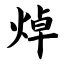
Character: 焯